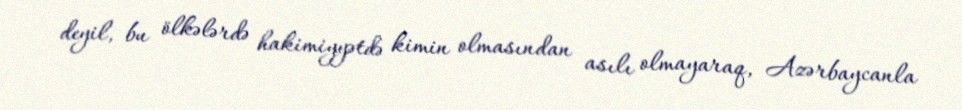
deyil, bu ölkələrdə hakimiyyətdə kimin olmasından asılı olmayaraq, Azərbaycanla